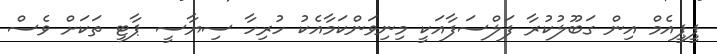
ޕީޕީއެމް އިން ގަބޫލުކުރާ ފަލްސަފާއަކީ މިނިވަންކަމާއެކު ހުރިހާ ސިޔާސީ ޕާޓީ ތަކަށް ވެސް